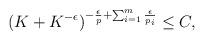
LaTeX: \begin{align*}(K+K^{-\epsilon})^{-\frac{\epsilon}{p} + \sum_{i=1}^m \frac{\epsilon}{p_i}} \le C,\end{align*}